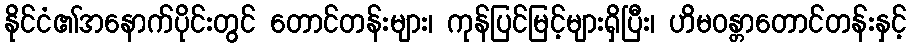
နိုင်ငံ၏အနောက်ပိုင်းတွင် တောင်တန်းများ၊ ကုန်ပြင်မြင့်များရှိပြီး၊ ဟိမဝန္တာတောင်တန်းနှင့်